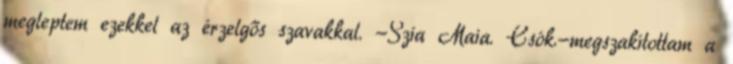
megleptem ezekkel az érzelgős szavakkal. -Szia Maia. Csók.-megszakítottam a